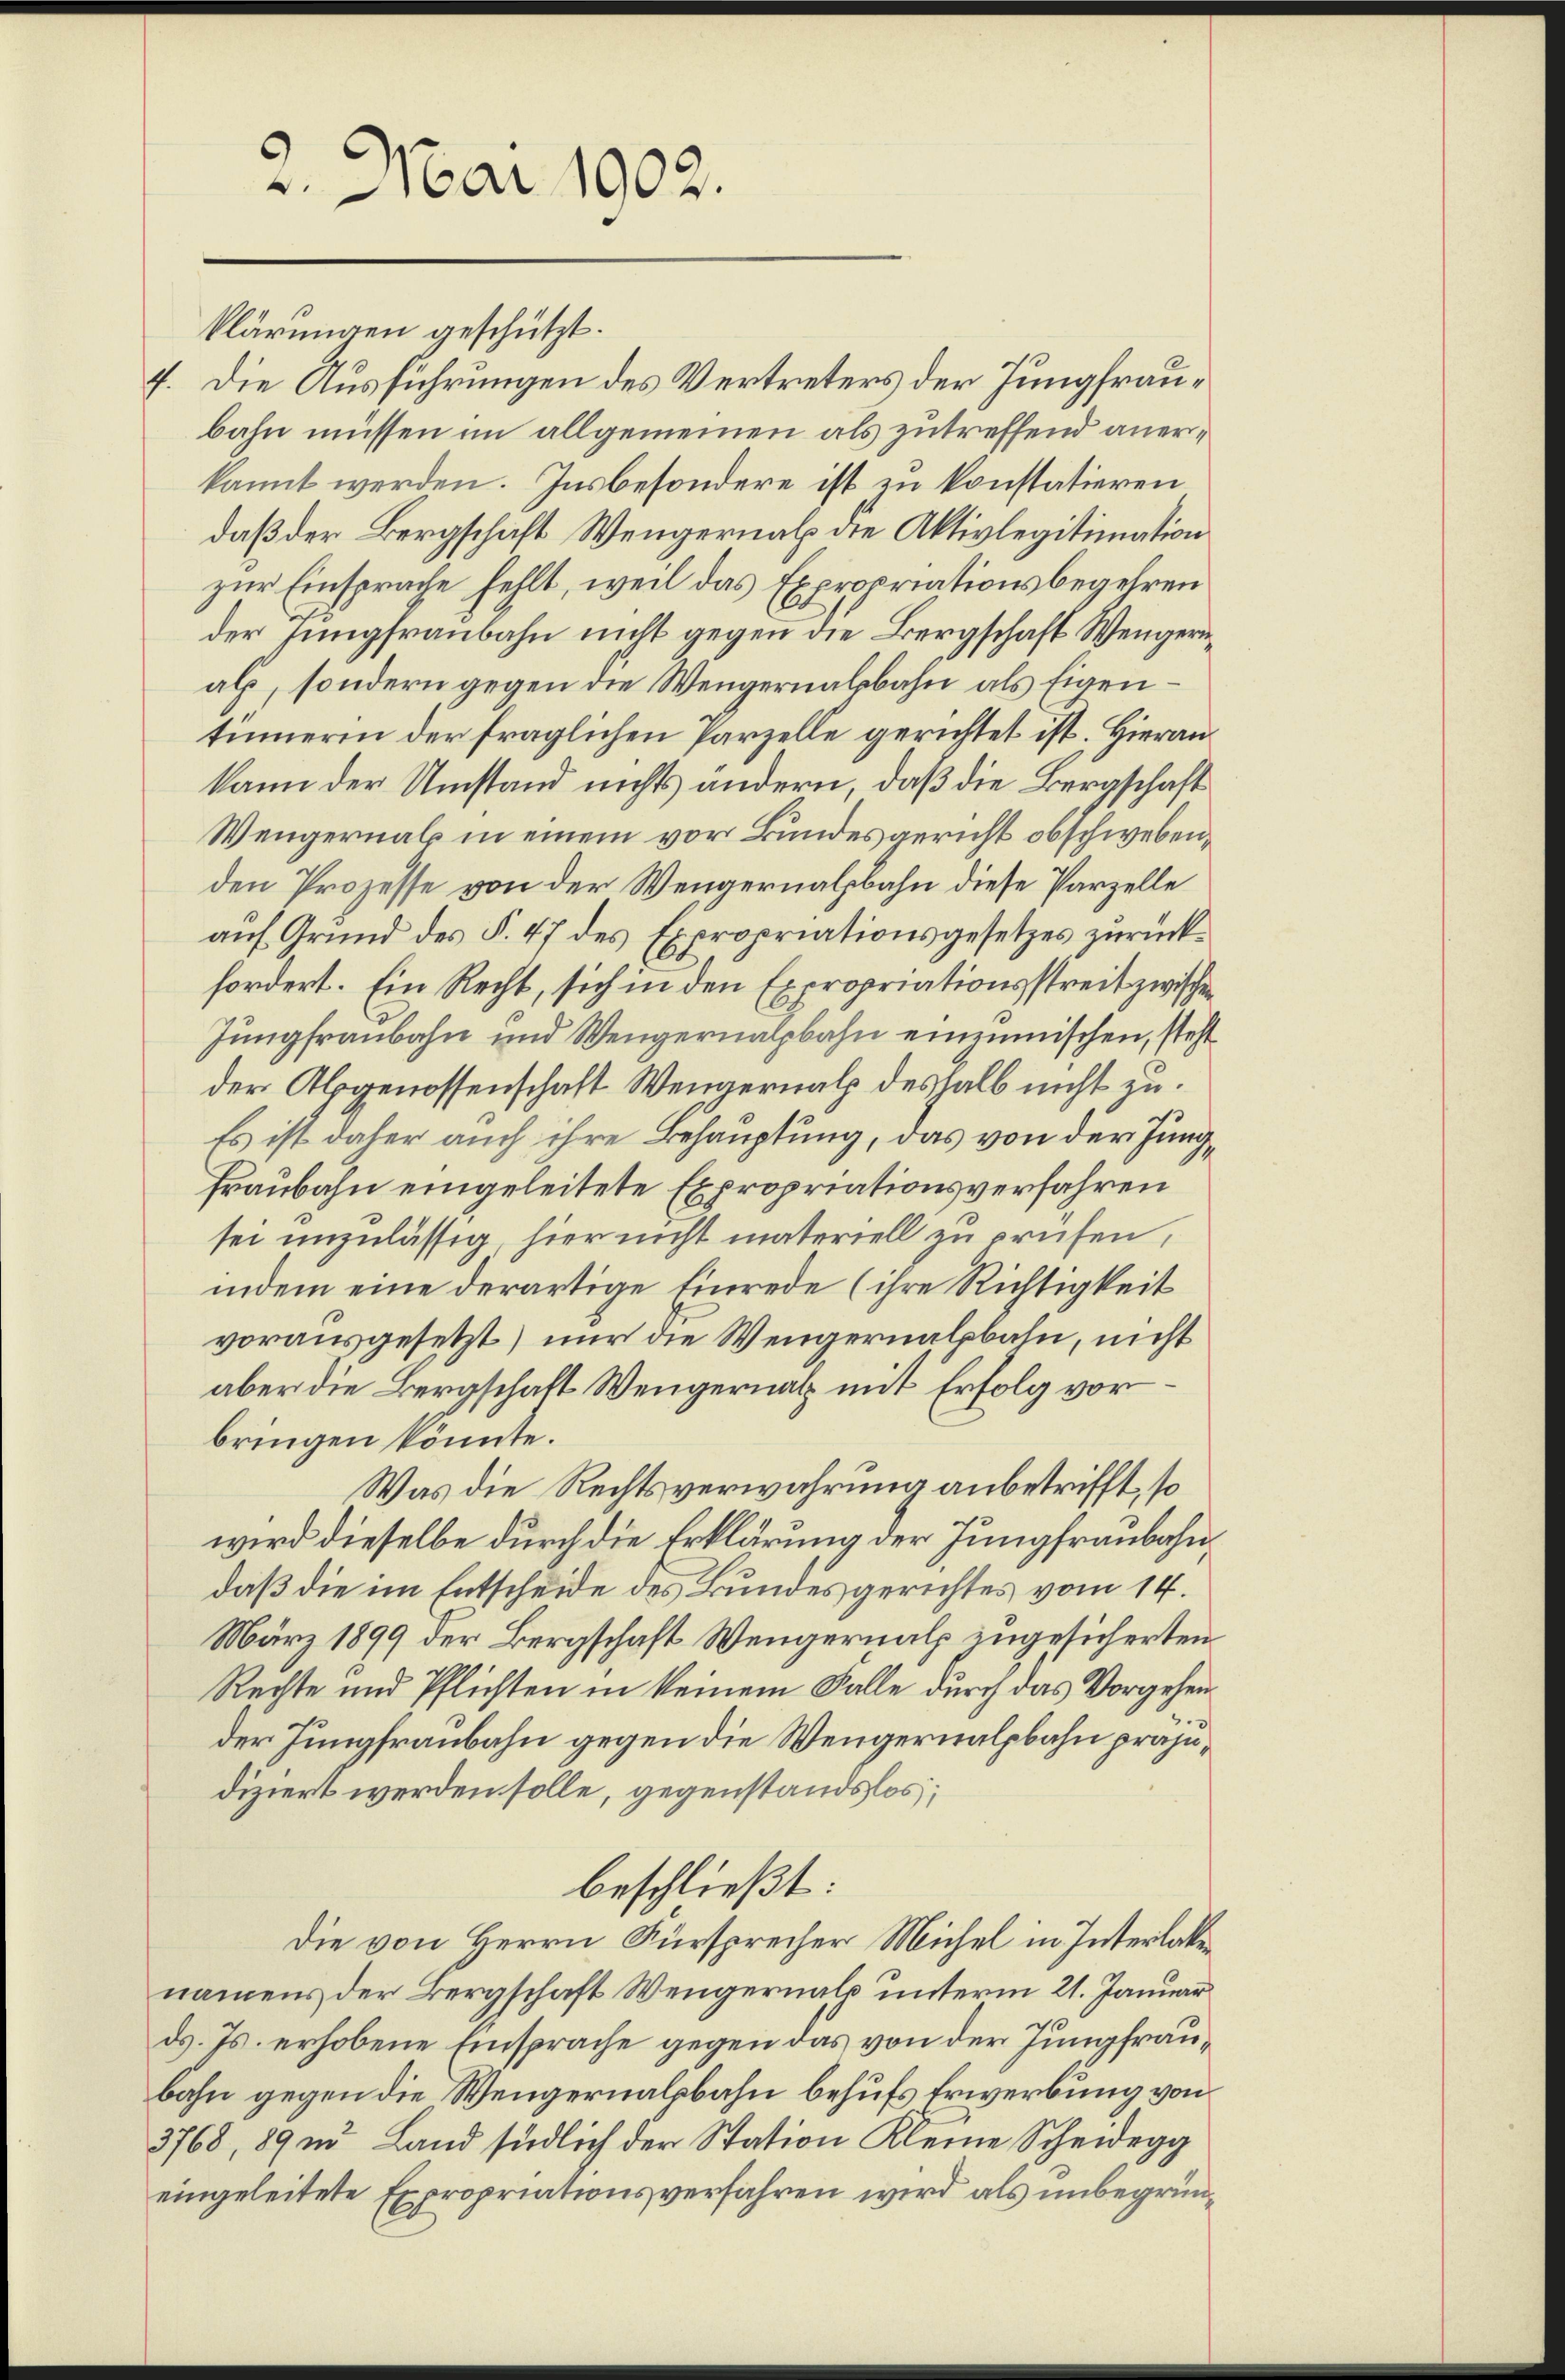
2. Mai 1902.

klärungen geschützt.
7. Die Ausführungen des Vertreters der Jungfraubahn müssen im allgemeinen als zutreffend anerkannt werden. Insbesondere ist zu konstatieren
daß der Bergschaft Wengernal die Aktivlegitimation
zur Einsprache fehlt, weil das Expropriationsbegehren
der Jungfraubahn nicht gegen die Bergschaft Wengeruals, sondern gegen die Wengernalsbahn als Eigentinnerin der fraglichen Parzelle gerichtet ist. Hierankann der Umstand nichts andern, daß die Bergschaft
Wengernals in einem vor Bundesgericht obschwebenden Prozesse von der Wengernalbahn diese Parzelle
auf Grund des §. 47 des Expropriationsgesetzes zurückfordert. Ein Recht, sich in den Expropriationsstreit zwischen
Jungfraubahn und Wengernalpbahn eineimischen, steht
der Abgenossenschaft Wengernal deshalb nicht zu.
Es ist daher auch ihre Behauptung, das von der Jung¬
Fraubahn eingeleitete Expropriationsverfahren
sei unzulässig, hier nicht materiell zu prüfen,
indem eine derartige Einrede (ihre Richtigkeit
vorausgesetzt) nur die Wengernalsbahn, nicht
aber die Bergschaft Wengernath mit Erfolg vorbringen könnte.
Was die Rechtsverwahrung anbetrifft, so
wird dieselbe durch die Erklärung der Jungfraubahn
daß die im Entscheide des Bundesgerichtes vom 14.
März 1899 der Bergschaft Wengernal engesicherten
Rechte und Pflichten in keinem Falle durch das Vorgehender Jungfraubahn gegen die Wengernalpbahn präjudiziert werden solle, gegenstandslos;
beschließt:
Die von Herrn Fürsprecher Michel in Interlaken
namens der Bergschaft Wengernals unterm 21. Januar
ds. Js. erhobene Einsprache gegen das von der Jungfraubahn gegen die Wengernalbahn behufs Erwerbung von
3768, 89 in Land südlich der Station Kleine Scheidegg
eingeleitete Expropriationsverfahren wird als unbegrün¬